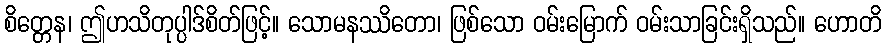
စိတ္တေန၊ ဤဟသိတုပ္ပါဒ်စိတ်ဖြင့်။ သောမနဿိတော၊ ဖြစ်သော ဝမ်းမြောက် ဝမ်းသာခြင်းရှိသည်။ ဟောတိ